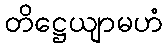
တိဋ္ဌေယျာမဟံ